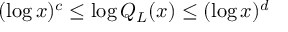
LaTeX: ( \log x ) ^ { c } \leq \log Q _ { L } ( x ) \leq ( \log x ) ^ { d }